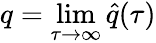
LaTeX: q=\operatorname*{lim}_{\tau\rightarrow\infty}\hat{q}(\tau)